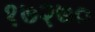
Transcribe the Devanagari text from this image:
१७२७०